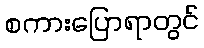
စကားပြောရာတွင်